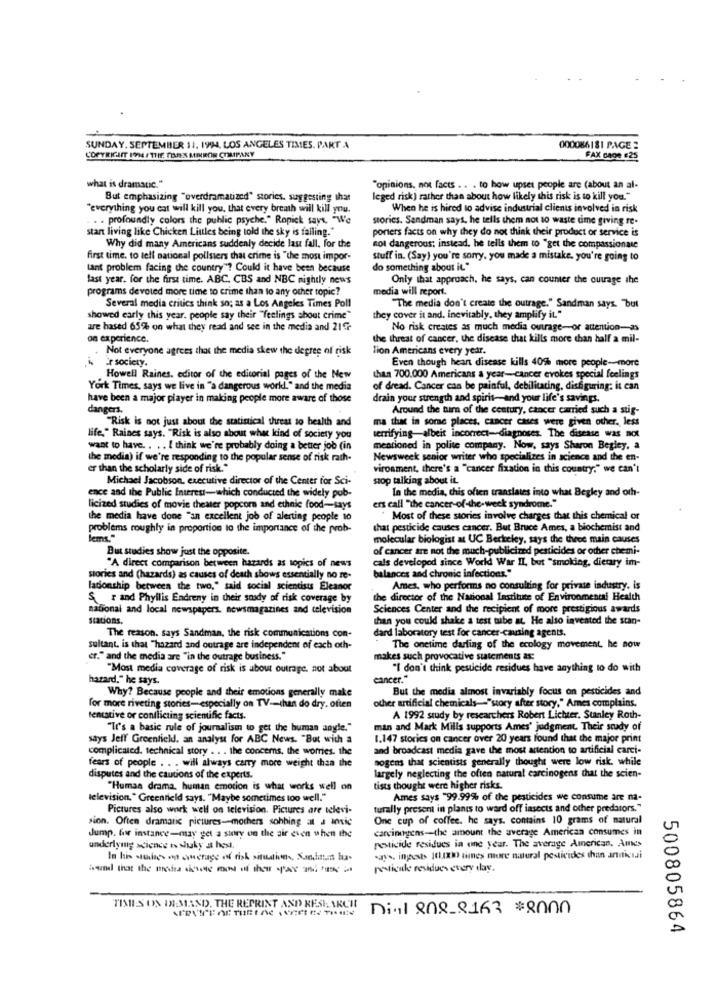
SUNDAY. SEPTEMBER 11. 1994, LOS ANGELES TIMES. PART A
000086181 PAGE :
COPYRIGHT ION4 / TTIF. TIRES MIRROR COMPANY
FAX CAOS #25
what is dramatic."
"opinions, not facts .. . to how upset people are (about an al-
But emphasizing "overdramatized" stories, suggesting that
leged risk) rather than about how likely this risk is to kill you."
"everything you cat will kill you, that every breath will kill you.
When he is hired to advise industrial clients involved in risk
. . . profoundly colors the public psyche." Ropick says, "We
stories. Sendman says, he tells them not to waste time giving re-
start living like Chicken Littles being told the sky is falling."
porters facts on why they do not think their product or service is
Why did many Americans suddenly decide last fall. for the
not dangerous; instead. he tells them to "get the compassionate
first time. to tell national pollsters that crime is "the most impor-
stuff in. (Say) you're sorry. you made a mistake. you're going to
tant problem facing the country"? Could it have been because
do something about it."
last year. for the first time. ABC, CBS and NBC nightly news
Only that approach, he says, can counter the outrage the
programs devoted more time to crime than to any other topic?
media will report.
Several media critics think so; as a Los Angeles Times Poll
"The media don't create the outrage." Sandman says. "but
showed early this year. people say their "feelings shout crime"
they cover it and. inevitably, they amplify it."
are hased 65% on what they read and see in the media and 21r
No risk creates as much media outrage-or attention-as
on experience.
the threat of cancer, the disease that kills more than half a mil-
Not everyone agrees that the media skew the degree of risk
Tion Americans every year.
is Er society.
Even though heart disease kills 40% more people-more
Howell Raines, editor of the editorial pages of the New
than 700.000 Americans a year-cancer evokes special feelings
York Times, says we live in "a dangerous work." and the media
of dread. Cancer can be painful, debilitating, disfiguring: it can
have been a major player in making people more aware of those
drain your strength and spirit-and your life's savings.
dangers.
Around the aim of the century, cancer carried such a stig-
Risk is not just about the statistical threat to health and
ma that in some places, cancer cases were given other. less
life," Raines says. "Risk is also about what kind of society you
terrifying-albeit incorrect-diagnoses. The disease was nox
want to have .. . . I think we're probably doing a better job (in
mentioned in polite company. Now, says Sharon Begley, a
the media) if we're responding to the popular sense of risk rath-
Newsweek senior writer who specializes in science and the en-
er than the scholarly side of risk."
vironment, there's a "cancer fixation in this country." we can't
Michael Jacobson, executive director of the Center for Sci-
stop talking about it.
ence and the Public Interest-which conducted the widely pub-
In the media, chis often translates into what Begley and oth-
licized studies of movie theater popcorn and ethnic food-says
ers call "the cancer-of -the-week syndrome."
the media have done "an excellent job of alerting people to
Most of these stories involve charges that this chemical or
problems roughly in proportion to the importance of the prob-
that pesticide causes cancer. But Bruce Ames, a biochemist and
leme."
molecular biologist at UC Berkeley, says the three main causes
But studies show just the opposite.
of cancer are not the much-publicized pesticides or other chemi-
cals developed since World War II, but "smoking, dietary im-
"A direct comparison between hazards as sopics of news
stories and (hazards) as causes of death shows essentially no re-
balances and chronic infections."
ladonship between the two," said social scientists Eleanor
Ames, who performs no consulting for private industry. is
$ 7 and Phyllis Endreny in their soudy of risk coverage by
the director of the National Institute of Environmental Health
national and local newspapers. newsmagazines and television
Sciences Center and the recipient of more prestigious awards
stations.
than you could shake a test tube at. He also invented the stan-
The reason. says Sandman, the risk communications con-
dard laboratory test for cancer-causing agents.
sultant, is that "hazard and outrage are independent of each och-
The onetime darling of the ecology movement. he now
er." and the media are "in the outrage business."
makes such provocative sutements at:
"Most media coverage of risk is about outrage, not about
"I don't think pesticide residues have anything to do with
hazard." he says.
cancer."
Why? Because people and their emotions generally make
But the media almost invariably focus on pesticides and
other artificial chemicals -- "story after story," Ames complains.
for more riveting stories-especially on TV -- than do dry. often
tentative or conflicting scientific facts.
A 1992 study by researchers Robert Lichter. Stanley Roth-
"It's a basic rule of journalism to get the human angle."
min and Mark Mills supports Ames' judgment. Their study of
says Jeff Greenfield, an analyst for ABC News. "But with a
1.147 stories on cancer over 20 years found that the major print
complicated. technical story . . . the concerns, the worries. the
and broadcast media gave the most attention to artificial carci-
nogens that scientists generally thought were low risk. while
fears of people . . . will always carry more weight than the
largely neglecting the often natural carcinogens that the scien-
disputes and the cautions of the experts.
"Human drama, human emocion is what works well on
tists thought were higher risks.
television." Greenfield says. "Maybe sometimes too well."
Ames says "99.99% of the pesticides we consume are na-
Pictures also work well on television. Pictures are televi-
turally present in plants to ward off insects and other predators."
sion. Often dramatic pictures-mothers sohbing at a insic
One cup of coffee. he says. contains 10 grams of natural
carcinogens-the amount the average American consumes in
Jump. for instance-may get a story on the air even when the
pesticide residues in one year. The average American, Ames
underlying science to shuky a hest.
ways, inposts (QUIXD times more natural pesticides than artificiali
pesticide residues every day.
TISIES ON IX:MAND, THE REPRINT AND RESEARCH
Dis1 808_8163 $8000
500805864